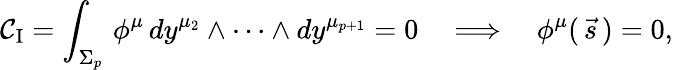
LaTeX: {\mathcal{C}}_{\mathrm{I}}=\int_{\Sigma_{p}}\, \phi^{\mu}\, dy^{\mu_{2}}\wedge\dots\wedge dy^{\mu_{p+1}}=0\quad\Longrightarrow\quad\phi^{\mu}(\, \vec{s}\, )=0,